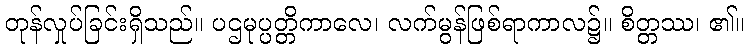
တုန်လှုပ်ခြင်းရှိသည်။ ပဌမုပ္ပတ္တိကာလေ၊ လက်မွန်ဖြစ်ရာကာလ၌။ စိတ္တဿ၊ ၏။